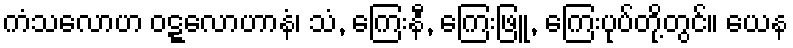
ကံသလောဟ ဝဋ္ဋလောဟာနံ၊ သံ, ကြေးနီ, ကြေးဖြူ, ကြေးပုပ်တို့တွင်။ ယေန